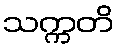
သက္ကတိ